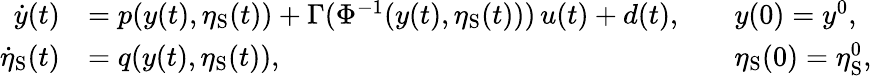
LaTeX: \begin{array}{rlrl}{\dot{y}(t)}&{=p(y(t),\eta_{\mathrm{S}}(t))+\Gamma(\Phi^{-1}(y(t),\eta_{\mathrm{S}}(t)))\, u(t)+d(t),}&&{y(0)=y^{0},}\\ {\dot{\eta}_{\mathrm{S}}(t)}&{=q(y(t),\eta_{\mathrm{S}}(t)),}&&{{\eta_{\mathrm{S}}(0)=\eta_{\mathrm{S}}^{0},}}\end{array}